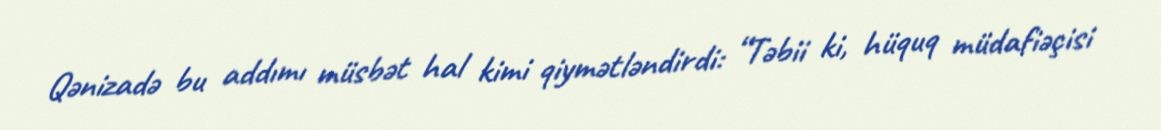
Qənizadə bu addımı müsbət hal kimi qiymətləndirdi: “Təbii ki, hüquq müdafiəçisi